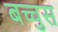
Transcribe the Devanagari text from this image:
बच्चुस